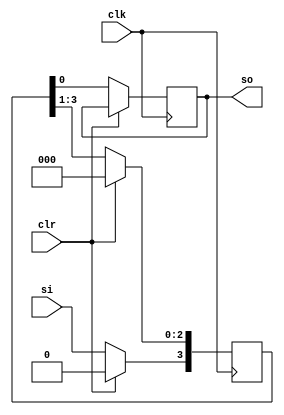
module siso_bm(input si, input clk, input clr,output reg so);

reg [3:0]data;

always @(posedge clk)
begin

if(clr==1)
begin
data<=4'b0000;
end

else
begin

data<=data>>1;
data[3]<=si;
so<=data[0];
end
end
endmodule